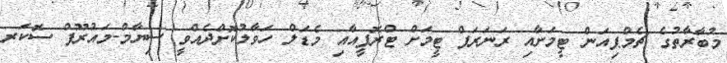
މުބާރާތުގެ ޗެމްޕިއަން ޓީމަށާއި ރަނަރަޕް ޓީމަށް ޓްރޮފީއާއި މެޑަލް ހަވާލުކޮށްދެއްވީ ސިޔާމް-މައުރޫފް ސޮކަރ